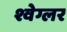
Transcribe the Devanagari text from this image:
श्वेग्लर